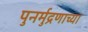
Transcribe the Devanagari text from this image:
पुनर्मुद्रणाच्या